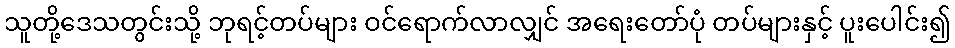
သူတို့ဒေသတွင်းသို့ ဘုရင့်တပ်များ ဝင်ရောက်လာလျှင် အရေးတော်ပုံ တပ်များနှင့် ပူးပေါင်း၍